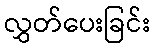
လွှတ်ပေးခြင်း